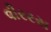
વીરરસ